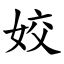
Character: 姣